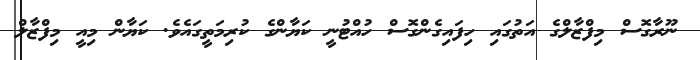
ނޫރާގޮސް މިފްޒާލްގެ އަތުގައި ހިފައިގެންގޮސް ހުއްޓުނީ ކަޔާންގެ ކުރިމަތީގައެވެ. ކަޔާން މިއީ މިފްޒާލް